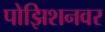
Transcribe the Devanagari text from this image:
पोझिशनवर